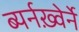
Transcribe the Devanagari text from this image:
ब्यर्नख़्वेर्ने